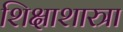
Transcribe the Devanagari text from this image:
शिक्षाशास्त्रा